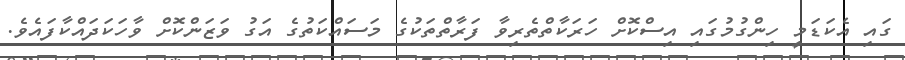
ގައި އެކަޑަމީ ހިންގުމުގައި އިސްކޮށް ހަރަކާތްތެރިވާ ފަރާތްތަކުގެ މަސައްކަތުގެ އަގު ވަޒަންކޮށް ވާހަކަދައްކާފައެވެ.